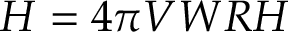
{ \cal H } = 4 \pi V W R H